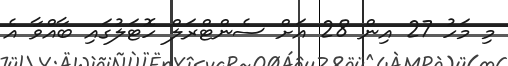
މި މަހު 27 އިން 28 އަށް ސެންޓްރަލް ހޮޓަލުގައި ބާއްވާ އެ